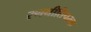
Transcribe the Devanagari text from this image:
रणनीतिपरक